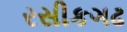
રસીકગઢ